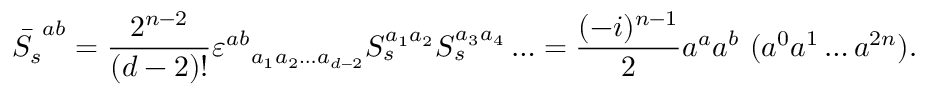
\bar { S _ { s } } ^ { a b } = \frac { 2 ^ { n - 2 } } { ( d - 2 ) ! } \varepsilon ^ { a b } { } _ { a _ { 1 } a _ { 2 } \ldots a _ { d - 2 } } S _ { s } ^ { a _ { 1 } a _ { 2 } } S _ { s } ^ { a _ { 3 } a _ { 4 } } \ldots = \frac { ( - i ) ^ { n - 1 } } { 2 } a ^ { a } a ^ { b } \, \, ( a ^ { 0 } a ^ { 1 } \ldots a ^ { 2 n } ) .